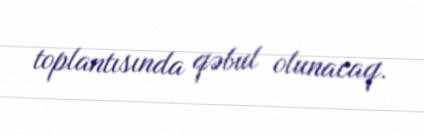
toplantısında qəbul olunacaq.